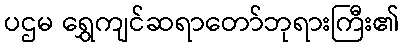
ပဌမ ရွှေကျင်ဆရာတော်ဘုရားကြီး၏